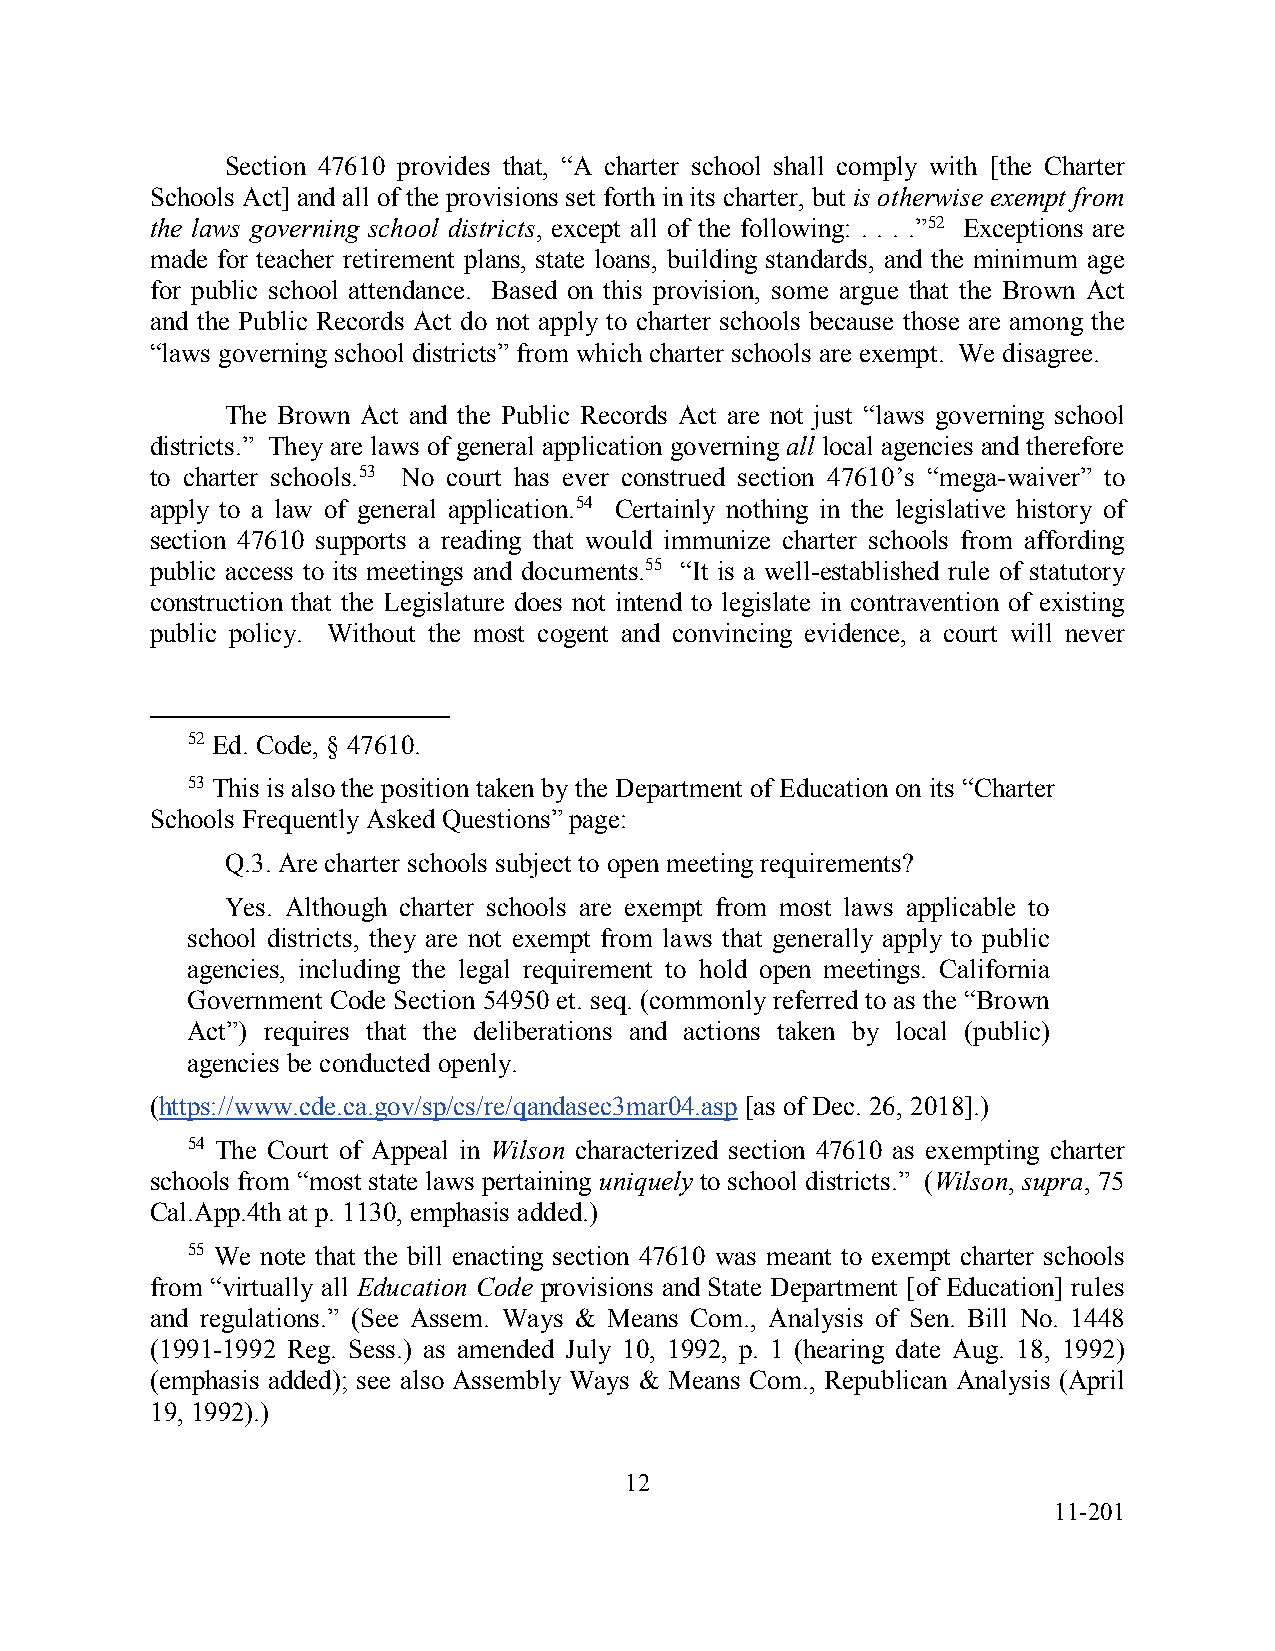
Section 47610 provides that, “A charter school shall comply with [the Charter
 Schools Act] and all of the provisions set forth in its charter, but is otherwise exempt from
 the laws governing school districts, except all of the following: . . . .”52 Exceptions are
 made for teacher retirement plans, state loans, building standards, and the minimum age
 for public school attendance. Based on this provision, some argue that the Brown Act
 and the Public Records Act do not apply to charter schools because those are among the
 “laws governing school districts” from which charter schools are exempt. We disagree.
 The Brown Act and the Public Records Act are not just “laws governing school
 districts.” They are laws of general application governing all local agencies and therefore
 to charter schools.53 No court has ever construed section 47610’s “mega-waiver” to
 apply to a law of general application.54 Certainly nothing in the legislative history of
 section 47610 supports a reading that would immunize charter schools from affording
 public access to its meetings and documents.55 “It is a well-established rule of statutory
 construction that the Legislature does not intend to legislate in contravention of existing
 public policy. Without the most cogent and convincing evidence, a court will never
 52 Ed. Code, § 47610.
 53 This is also the position taken by the Department of Education on its “Charter
 Schools Frequently Asked Questions” page:
 Q.3. Are charter schools subject to open meeting requirements?
 Yes. Although charter schools are exempt from most laws applicable to
 school districts, they are not exempt from laws that generally apply to public
 agencies, including the legal requirement to hold open meetings. California
 Government Code Section 54950 et. seq. (commonly referred to as the “Brown
 Act”) requires that the deliberations and actions taken by local (public)
 agencies be conducted openly.
 (https://www.cde.ca.gov/sp/cs/re/qandasec3mar04.asp [as of Dec. 26, 2018].)
 54 The Court of Appeal in Wilson characterized section 47610 as exempting charter
 schools from “most state laws pertaining uniquely to school districts.” (Wilson, supra, 75
 Cal.App.4th at p. 1130, emphasis added.)
 55 We note that the bill enacting section 47610 was meant to exempt charter schools
 from “virtually all Education Code provisions and State Department [of Education] rules
 and regulations.” (See Assem. Ways & Means Com., Analysis of Sen. Bill No. 1448
 (1991-1992 Reg. Sess.) as amended July 10, 1992, p. 1 (hearing date Aug. 18, 1992)
 (emphasis added); see also Assembly Ways & Means Com., Republican Analysis (April
 19, 1992).)
 12
 11-201